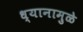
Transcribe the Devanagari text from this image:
ध्यानामुळे